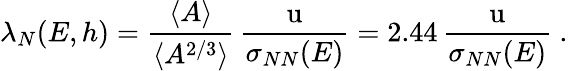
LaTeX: \lambda_{N}(E,h)={\frac{\langle A\rangle}{\langle A^{2/3}\rangle}}\, {\frac{\mathrm{u}}{\sigma_{NN}(E)}}=2.44\, {\frac{\mathrm{u}}{\sigma_{NN}(E)}}~.